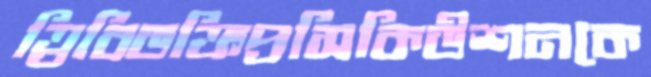
ত্রিবিভক্তিপ্রসিকিউশনকে